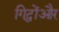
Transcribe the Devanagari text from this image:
गिद्धोंऔर